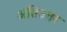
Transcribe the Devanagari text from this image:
अतिउत्तर